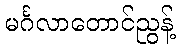
မင်္ဂလာတောင်ညွန့်